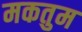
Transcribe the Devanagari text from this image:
मकतुम